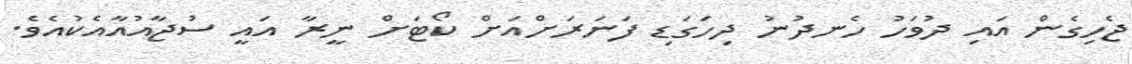
ޖެހިގެން އައި ދުވަހު ހެނދުނު ދިހަގަޑި ފަނަރަށްއަށް ކޯޓަށް ނީރާ އައީ ސުޖާއުއާއެކުއެވެ.